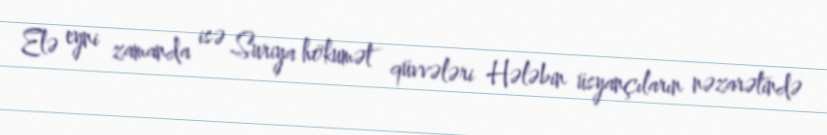
Elə eyni zamanda isə Suriya hökumət qüvvələri Hələbin üsyançıların nəzarətində